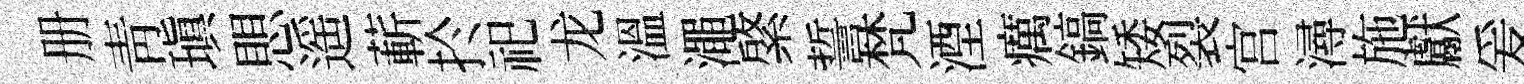
册靑瑱愳遥蔪扵祀龙溫澠綮誓梵湮癘鎬矮裂宫潯施獻爰